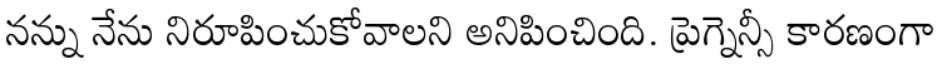
నన్ను నేను నిరూపించుకోవాలని అనిపించింది. ప్రెగ్నెన్సీ కారణంగా